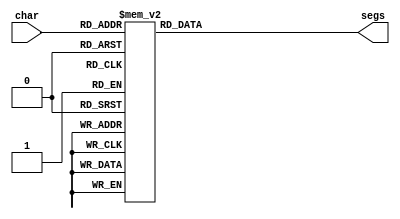
module seven_seg_26 (
    input [3:0] char,
    output reg [6:0] segs
  );
  
  
  
  always @* begin
    
    case (char)
      1'h0: begin
        segs = 7'h3f;
      end
      1'h1: begin
        segs = 7'h06;
      end
      2'h2: begin
        segs = 7'h5b;
      end
      2'h3: begin
        segs = 7'h4f;
      end
      3'h4: begin
        segs = 7'h66;
      end
      3'h5: begin
        segs = 7'h6d;
      end
      3'h6: begin
        segs = 7'h7d;
      end
      3'h7: begin
        segs = 7'h07;
      end
      4'h8: begin
        segs = 7'h7f;
      end
      4'h9: begin
        segs = 7'h67;
      end
      4'ha: begin
        segs = 7'h6f;
      end
      4'hb: begin
        segs = 7'h5c;
      end
      4'hc: begin
        segs = 7'h5e;
      end
      4'hd: begin
        segs = 7'h31;
      end
      4'he: begin
        segs = 7'h79;
      end
      4'hf: begin
        segs = 7'h6d;
      end
      default: begin
        segs = 7'h00;
      end
    endcase
  end
endmodule